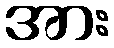
အား